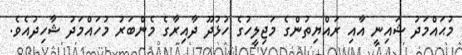
މުޙައްމަދު ޝައިނީ އާއި ރައްޔިތުންގެ މަޖިލީހުގެ ހުޅުދޫ ދާއިރާގެ މެންބަރު މުހައްމަދު ޝާހިދުއެވެ.